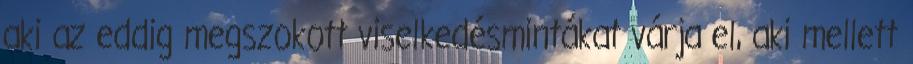
aki az eddig megszokott viselkedésmintákat várja el, aki mellett